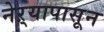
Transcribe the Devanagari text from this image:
नेऱ्यापासून